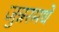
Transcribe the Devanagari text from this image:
जुन्नरमधे